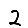
Digit: 2